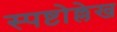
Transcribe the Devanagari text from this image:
स्पष्टोल्लेख